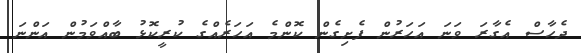
ދެހާސް އެގާރަ ވަނަ އަހަރުން ފެށިގެން ކޮންމެ އަހަރެއްގެ ކުރީކޮޅު ބާއްވަމުން އަންނަ